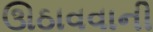
ઊઠાવવાની